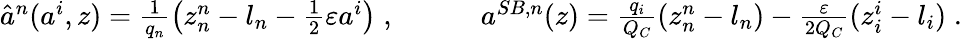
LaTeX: \begin{array}{r}{\hat{a}^{n}(a^{i},z)=\frac{1}{q_{n}}\left(z_{n}^{n}-l_{n}-\frac 12\varepsilon a^{i}\right)\; ,\quad\quad\quad{a}^{SB,n}(z)=\frac{q_{i}}{Q_{C}}(z_{n}^{n}-l_{n})-\frac{\varepsilon}{2Q_{C}}(z_{i}^{i}-l_{i})\; .}\end{array}